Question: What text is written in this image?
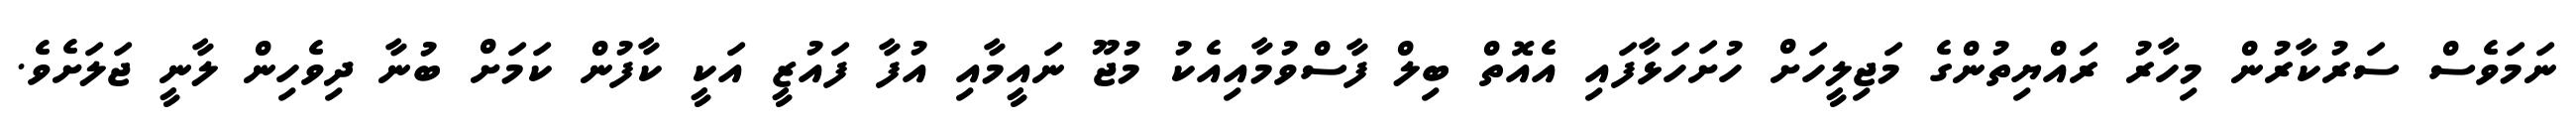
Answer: ނަމަވެސް ސަރުކާރުން މިހާރު ރައްޔިތުންގެ މަޖިލީހަށް ހުށަހަޅާފައި އެއޮތް ބިލް ފާސްވުމާއިއެކު މުޖޫ ނައީމާއި އުފާ ފައުޒީ އަކީ ކާފުން ކަމަށް ބުނާ ދިވެހިން ލާނީ ޖަލަށެވެ.